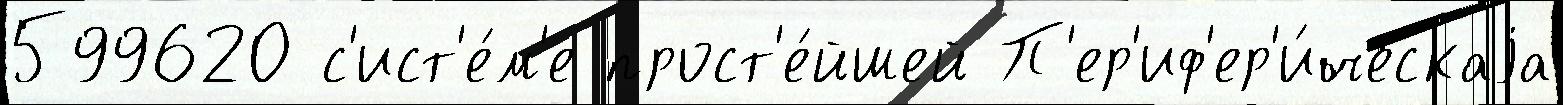
599620 с'ист'е́м'е прост'е́йшей П'ер'иф'ер'и́ческаjа